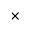
\times